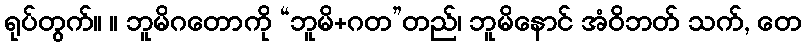
ရုပ်တွက်။ ။ ဘူမိဂတောကို “ဘူမိ+ဂတ”တည်၊ ဘူမိနောင် အံဝိဘတ် သက်, တေ